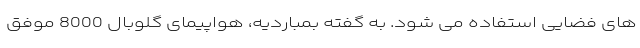
های فضایی استفاده می شود. به گفته بمباردیه، هواپیمای گلوبال 8000 موفق